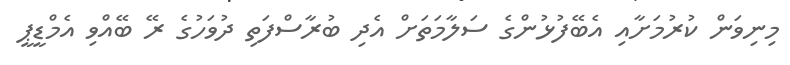
މިނިވަން ކުރުމަށާއި އެބޭފުޅުންގެ ސަލާމަތަށް އެދި ބުރާސްފަތި ދުވަހުގެ ރޭ ބޭއްވި އެމްޑީޕީ